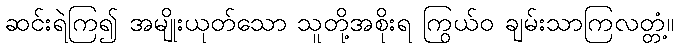
ဆင်းရဲကြ၍ အမျိုးယုတ်သော သူတို့အစိုးရ ကြွယ်ဝ ချမ်းသာကြလတ္တံ့။